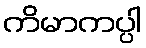
ကိမာကပ္ပါ